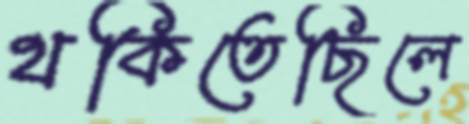
থকিতেছিলে